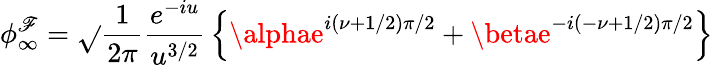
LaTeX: \phi_{\infty}^{\mathscr{F}}=\sqrt{}{{\frac{{1}}{{2\pi}}}}{\frac{{e^{-iu}}}{{u^{3/2}}}}\left\{ \alphae^{i(\nu+1/2)\pi/2}+\betae^{-i(-\nu+1/2)\pi/2}\right\}